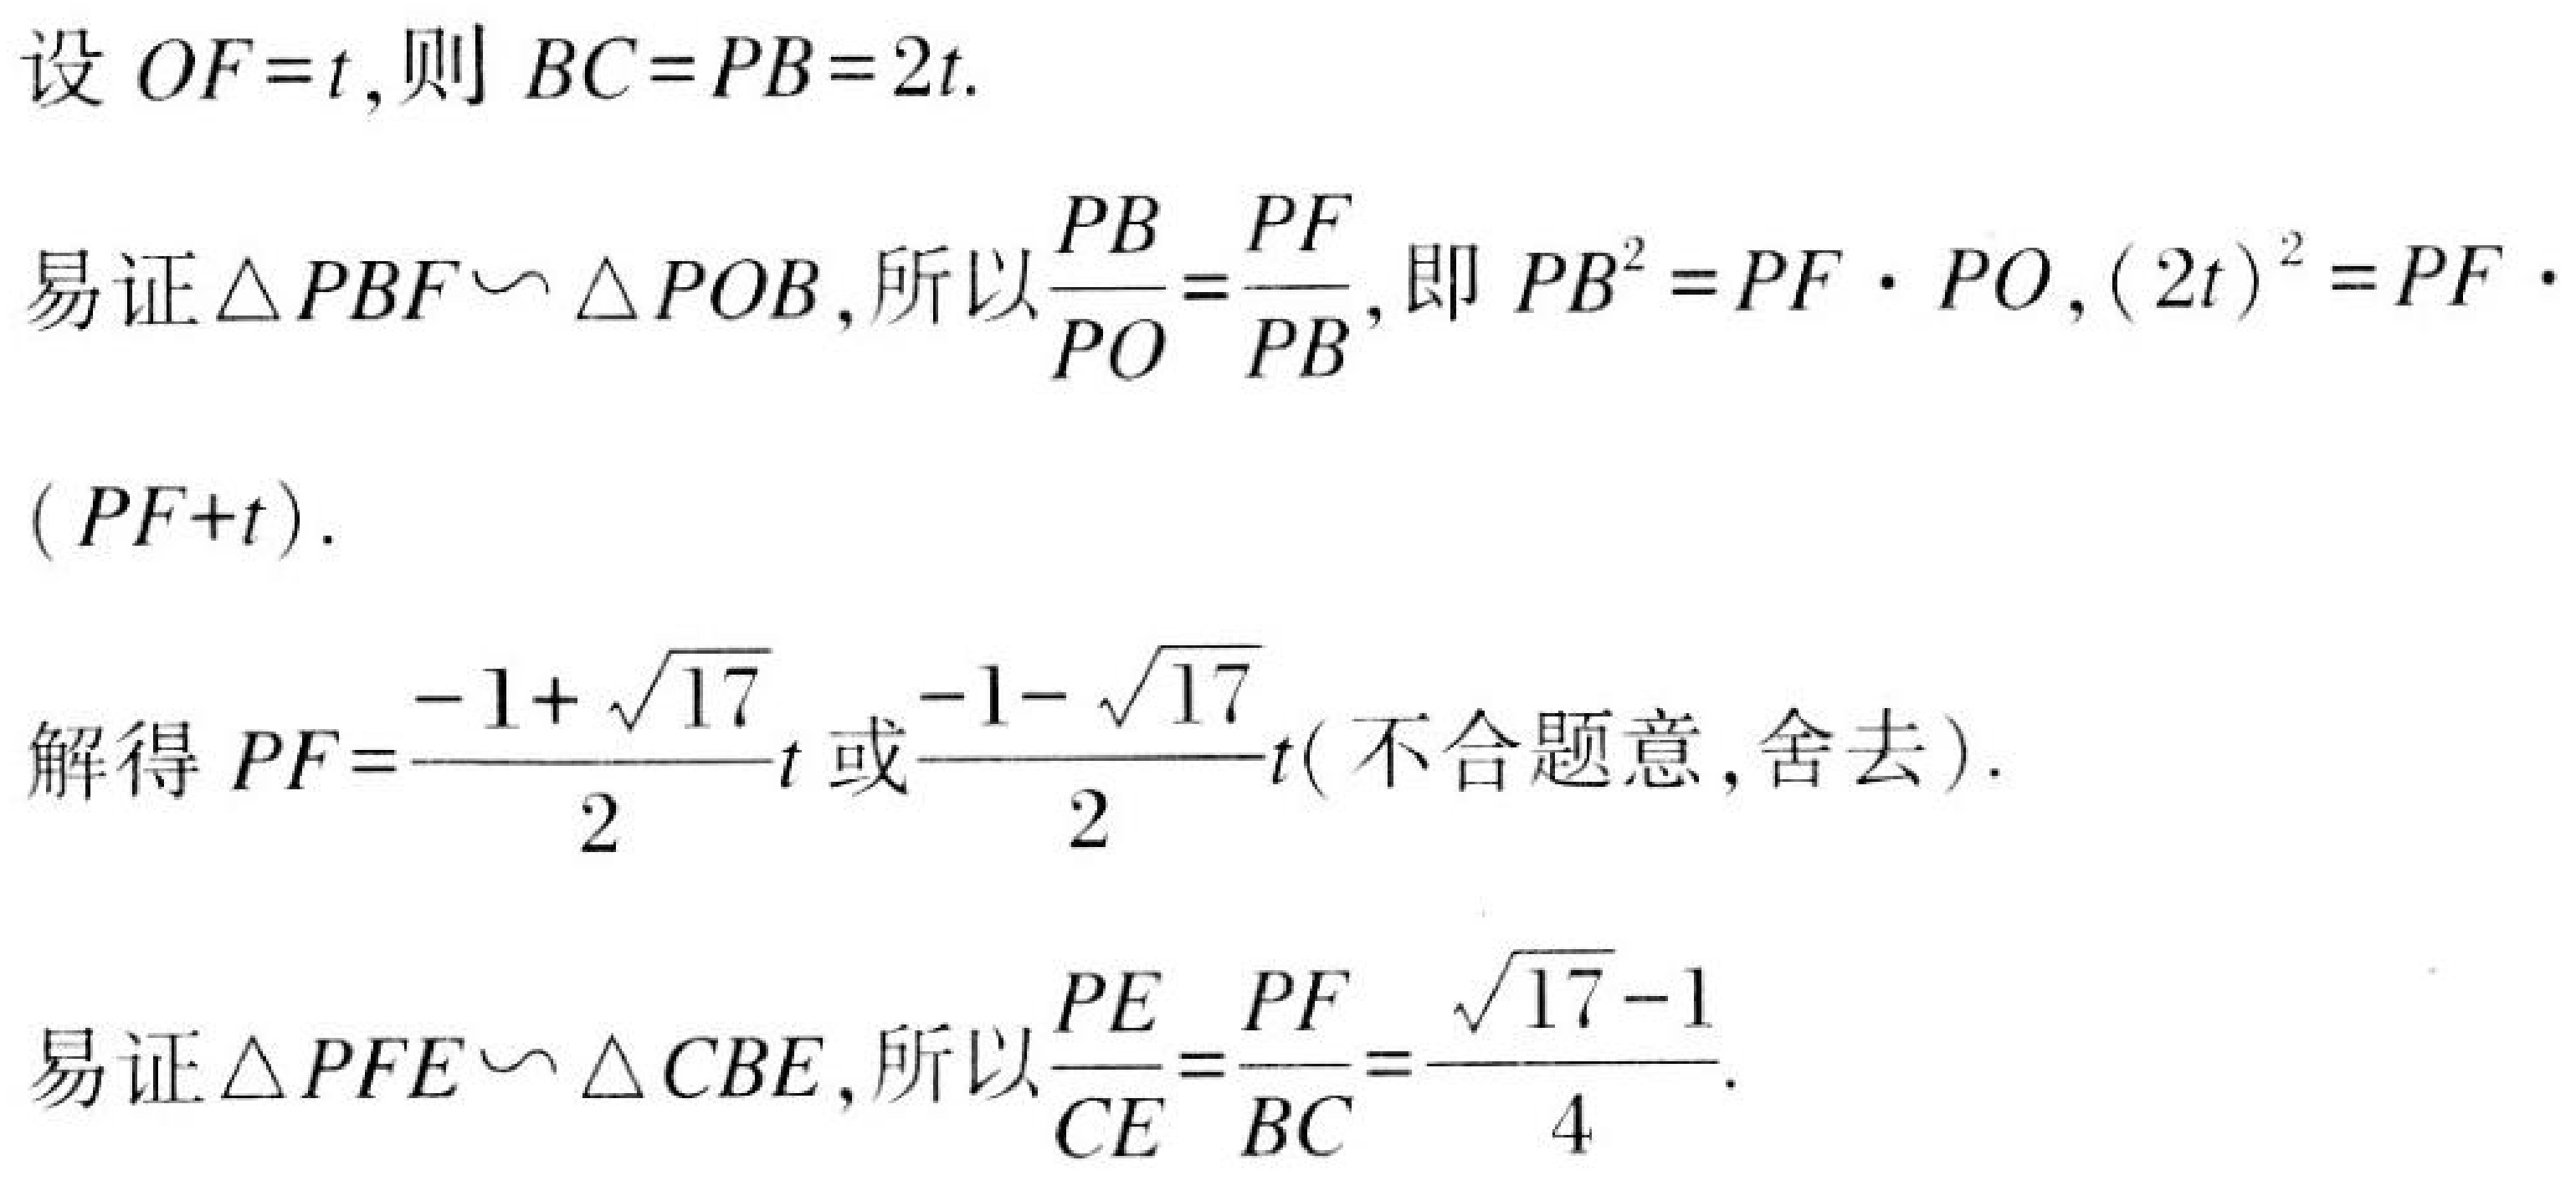
设\(OF = t\),则 \(BC = PB = 2t\).
易证\(\triangle PBF\backsim\triangle POB\),所以\(\dfrac{PB}{PO}=\dfrac{PF}{PB}\),即 \(PB^{2}=PF\cdot PO\),\((2t)^{2}=PF\cdot(PF + t)\).
解得\(PF=\dfrac{-1+\sqrt{17}}{2}t\)或\(\dfrac{-1 - \sqrt{17}}{2}t\)( 不合题意 ,舍去).
易证\(\triangle PFE\backsim\triangle CBE\),所以\(\dfrac{PE}{CE}=\dfrac{PF}{BC}=\dfrac{\sqrt{17}-1}{4}\).